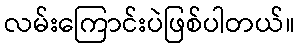
လမ်းကြောင်းပဲဖြစ်ပါတယ်။